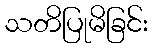
သတိပြုမိခြင်း